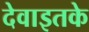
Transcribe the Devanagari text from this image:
देवाइतके